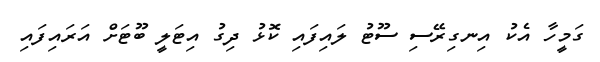
ގަމީހާ އެކު އިނގިރޭސި ސޫޓު ލައިފައި ކޮޅު ދިގު އިޓަލީ ބޫޓަށް އަރައިފައި